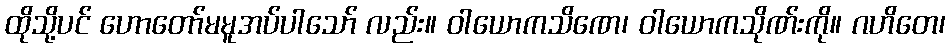
ထိုသို့ပင် ဟောတော်မမူအပ်ပါသော် လည်း။ ဝါယောကသိဏေ၊ ဝါယောကသိုဏ်းကို။ ဂဟိတေ၊